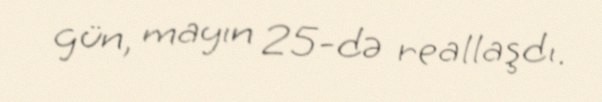
gün, mayın 25-də reallaşdı.